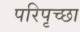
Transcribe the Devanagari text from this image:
परिपृच्छा